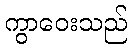
ကွာဝေးသည်